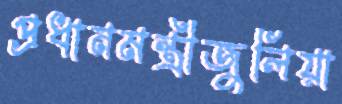
প্রধানমন্ত্রীজুলিয়া